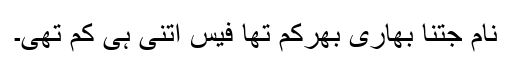
نام جتنا بھاری بھرکم تھا فیس اتنی ہی کم تھی۔